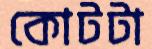
কোটটা